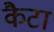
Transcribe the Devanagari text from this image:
कैटा